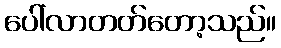
ပေါ်လာတတ်တော့သည်။